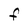
Character: f